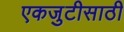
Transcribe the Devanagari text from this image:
एकजुटीसाठी